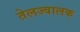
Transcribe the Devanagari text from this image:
तेलज्वालक